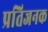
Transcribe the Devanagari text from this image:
प्रतिजनक